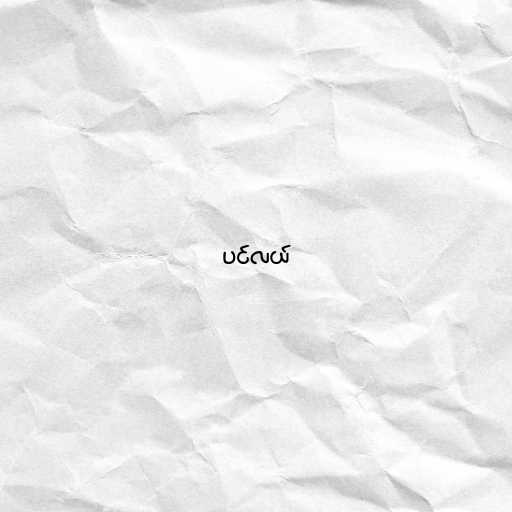
ပင်လယ်